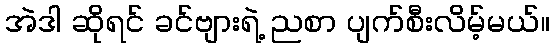
အဲဒါ ဆိုရင် ခင်ဗျားရဲ့ ညစာ ပျက်စီးလိမ့်မယ်။